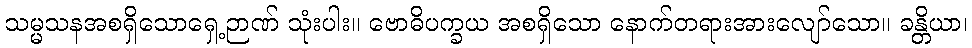
သမ္မသနအစရှိသောရှေ့ဉာဏ် သုံးပါး။ ဗောဓိပက္ခယ အစရှိသော နောက်တရားအားလျော်သော။ ခန္တိယာ၊